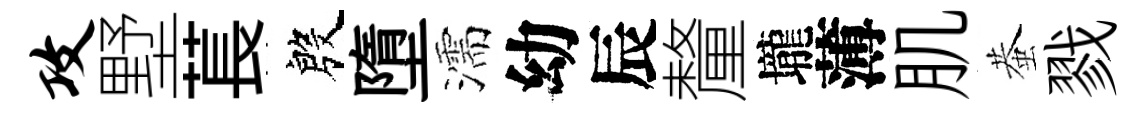
攻墅萇殷墮濡幼辰釐壠薄肌蛬戮